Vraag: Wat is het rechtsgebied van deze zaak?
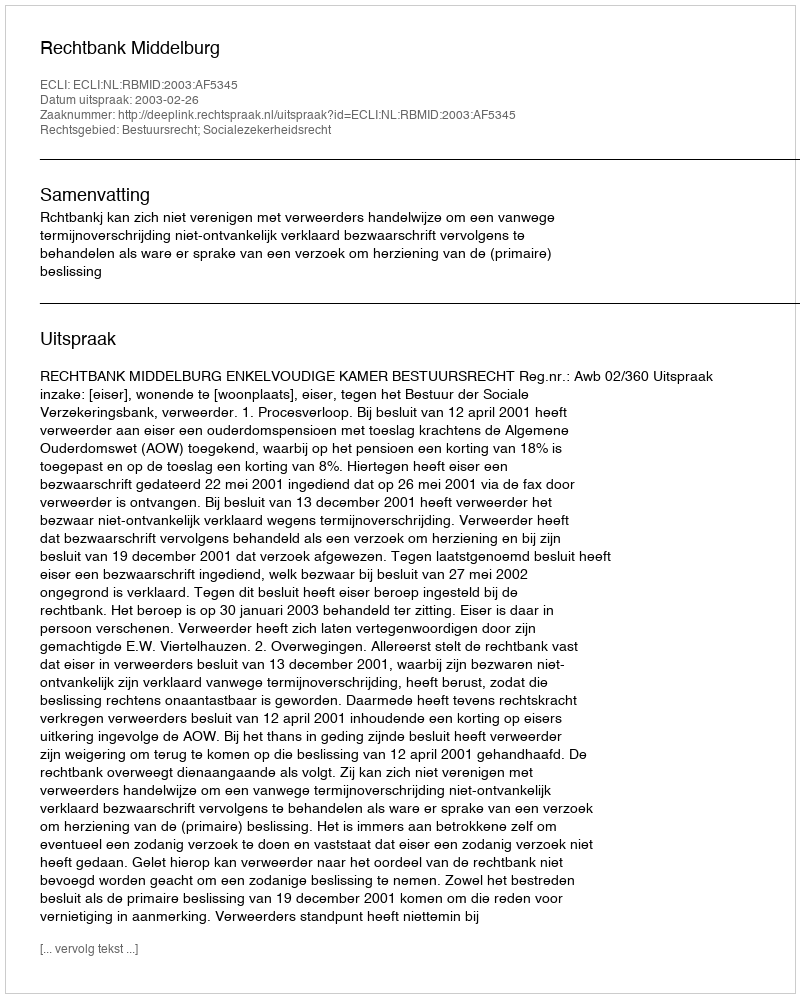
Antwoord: Bestuursrecht; Socialezekerheidsrecht